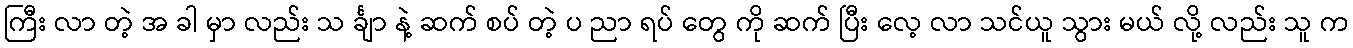
ကြီး လာ တဲ့ အ ခါ မှာ လည်း သ င်္ချာ နဲ့ ဆက် စပ် တဲ့ ပ ညာ ရပ် တွေ ကို ဆက် ပြီး လေ့ လာ သင်ယူ သွား မယ် လို့ လည်း သူ က